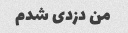
من دزدی شدم